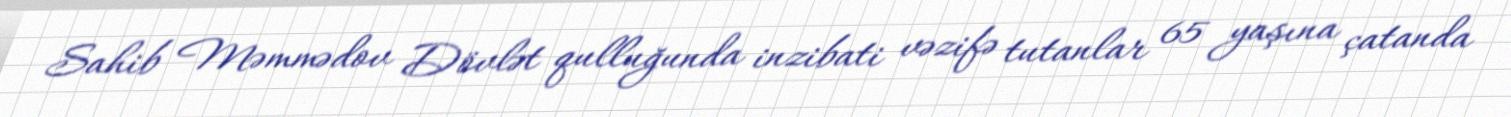
Sahib Məmmədov Dövlət qulluğunda inzibati vəzifə tutanlar 65 yaşına çatanda